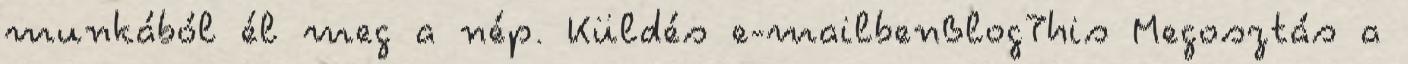
munkából él meg a nép. Küldés e-mailbenBlogThis Megosztás a